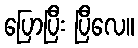
ပြောပြီး ပြီလေ။